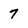
Character: 7